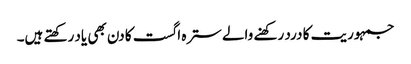
جمہوریت کا درد رکھنے والے سترہ اگست کا دن بھی یاد رکھتے ہیں۔